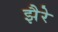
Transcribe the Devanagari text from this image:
झैरे